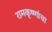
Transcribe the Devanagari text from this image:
रामकृष्णांचा